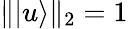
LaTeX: \| |u\rangle\| _{2}=1